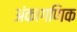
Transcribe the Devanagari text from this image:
अंकागणिक